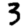
Digit: 3